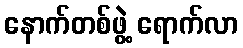
နောက်တစ်ဖွဲ့ ရောက်လာ